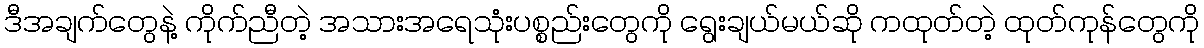
ဒီအချက်တွေနဲ့ ကိုက်ညီတဲ့ အသားအရေသုံးပစ္စည်းတွေကို ရွေးချယ်မယ်ဆို ကထုတ်တဲ့ ထုတ်ကုန်တွေကို